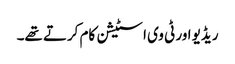
ریڈیو اور ٹی وی ا سٹیشن کام کرتے تھے۔